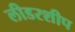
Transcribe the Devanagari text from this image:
लीडरशीप